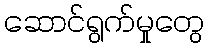
ဆောင်ရွက်မှုတွေ